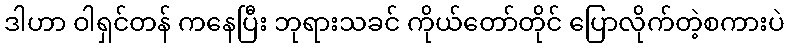
ဒါဟာ ဝါရှင်တန် ကနေပြီး ဘုရားသခင် ကိုယ်တော်တိုင် ပြောလိုက်တဲ့စကားပဲ